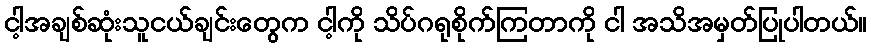
ငါ့အချစ်ဆုံးသူငယ်ချင်းတွေက ငါ့ကို သိပ်ဂရုစိုက်ကြတာကို ငါ အသိအမှတ်ပြုပါတယ်။